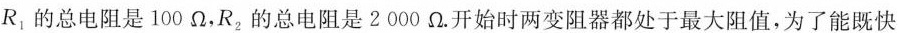
R_{1}的总电阻是100 Ω，R_{2}的总电阻是2 000 Ω。开始时两变阻器都处于最大阻值，为了能既快